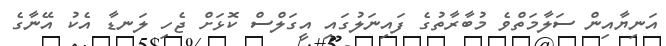
އަނިޔާއިން ސަލާމަތްވެ މުބާރާތުގެ ފައިނަލުގައި އީގަލްސް ކޮޅަށް ޖެހި ލަނޑާ އެކު އޭނާގެ